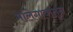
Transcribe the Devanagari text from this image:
मालेगावातून